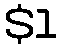
$1